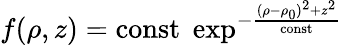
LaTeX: f(\rho,z)=\mathrm{const}\; \exp^{-{\frac{(\rho-\rho_{0})^{2}+z^{2}}{\mathrm{const}}}}